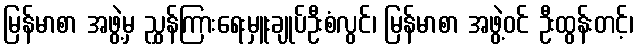
မြန်မာစာ အဖွဲ့မှ ညွှန်ကြားရေးမှူးချုပ်ဦးစံလွင်၊ မြန်မာစာ အဖွဲ့ဝင် ဦးထွန်းတင့်၊